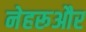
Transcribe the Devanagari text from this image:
नेहरूऔर